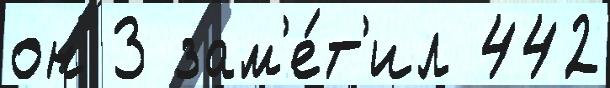
он 3 зам'е́т'ил 442